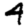
Digit: 4